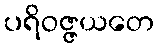
ပရိဝဇ္ဇယတေ